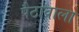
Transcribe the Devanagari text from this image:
पैठावाला